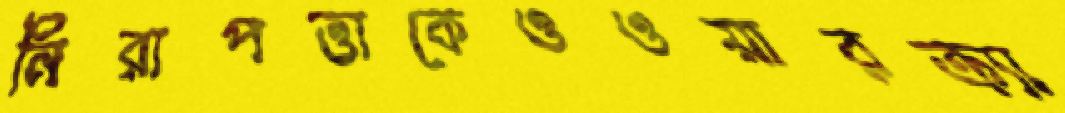
নিরাপত্তাকেওওয়ারক্র্যা